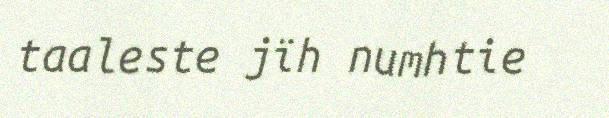
taaleste jïh numhtie